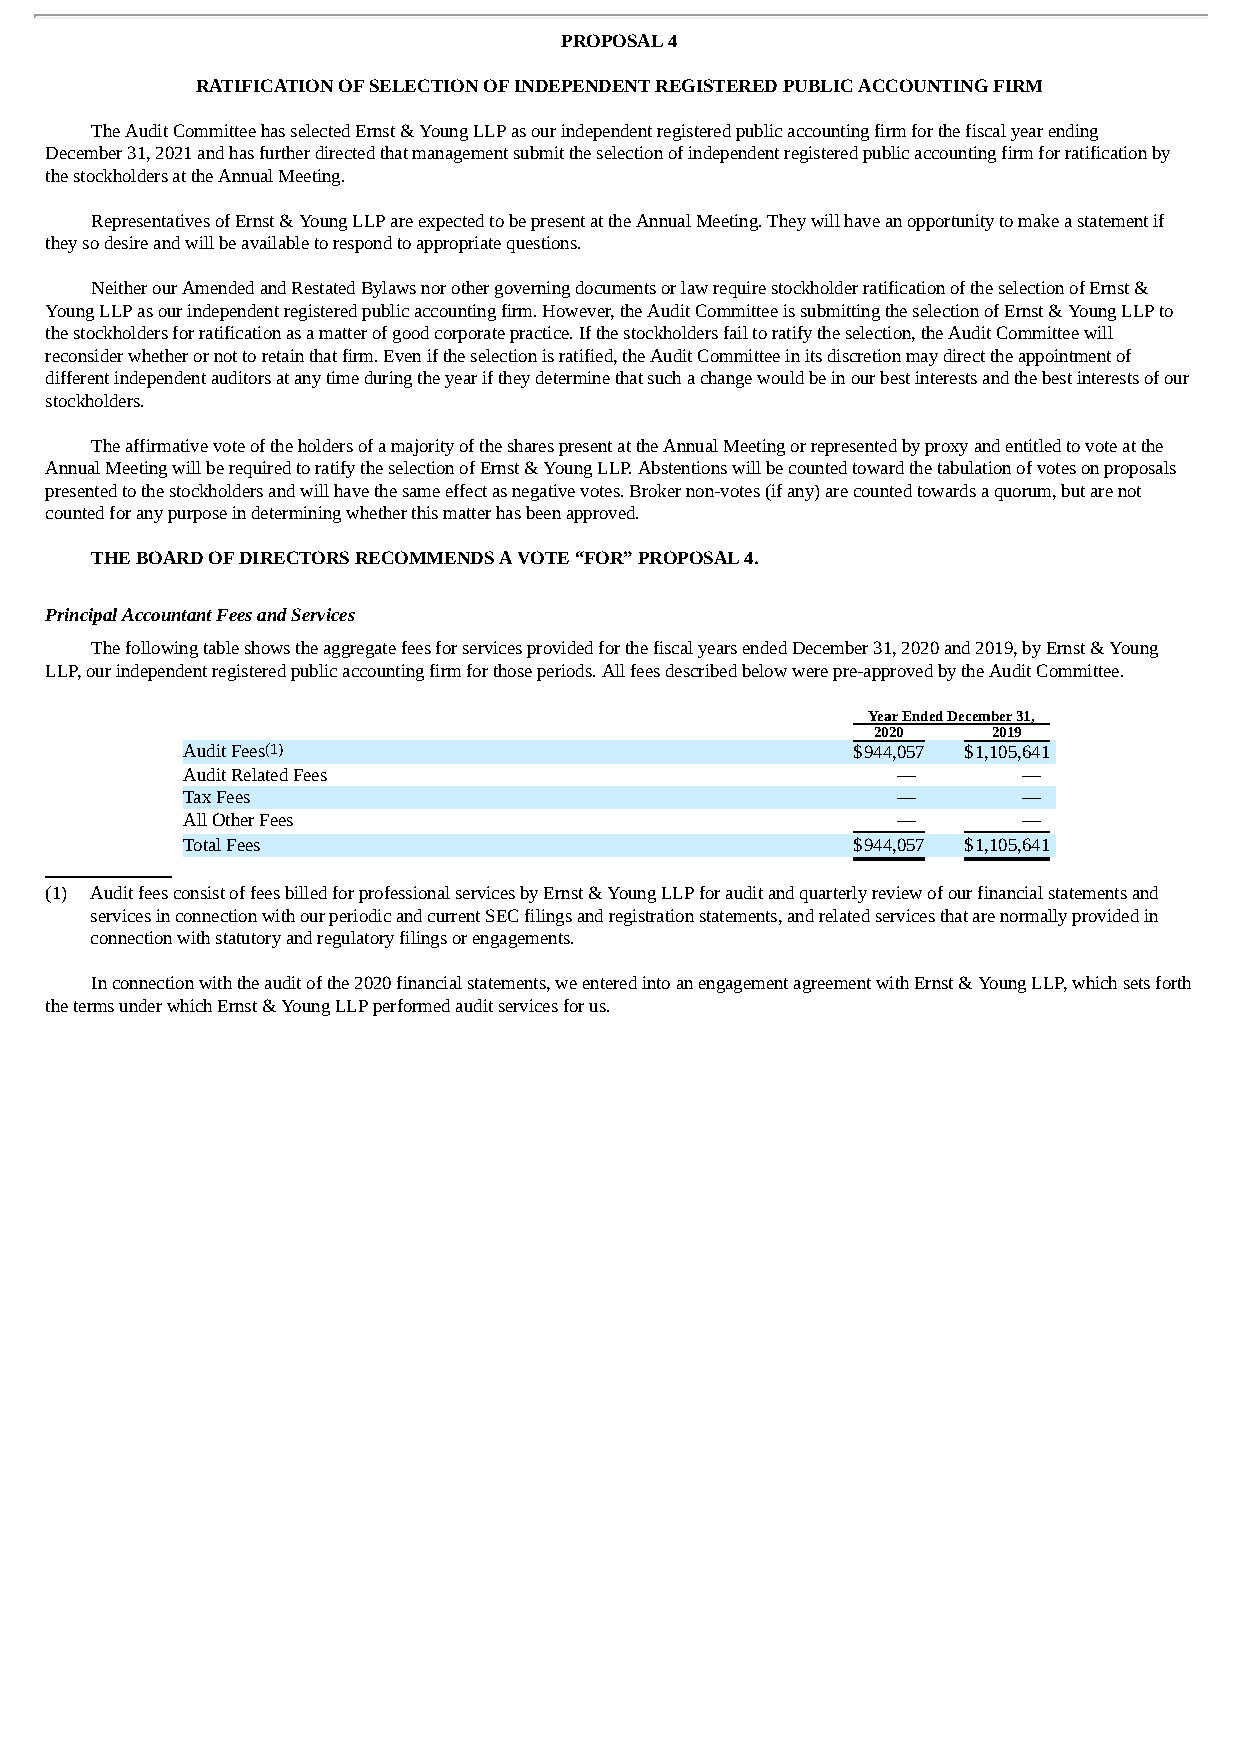
PROPOSAL 4
 RATIFICATION OF SELECTION OF INDEPENDENT REGISTERED PUBLIC ACCOUNTING FIRM
 The Audit Committee has selected Ernst & Young LLP as our independent registered public accounting firm for the fiscal year ending
 December 31, 2021 and has further directed that management submit the selection of independent registered public accounting firm for ratification by
 the stockholders at the Annual Meeting.
 Representatives of Ernst & Young LLP are expected to be present at the Annual Meeting. They will have an opportunity to make a statement if
 they so desire and will be available to respond to appropriate questions.
 Neither our Amended and Restated Bylaws nor other governing documents or law require stockholder ratification of the selection of Ernst &
 Young LLP as our independent registered public accounting firm. However, the Audit Committee is submitting the selection of Ernst & Young LLP to
 the stockholders for ratification as a matter of good corporate practice. If the stockholders fail to ratify the selection, the Audit Committee will
 reconsider whether or not to retain that firm. Even if the selection is ratified, the Audit Committee in its discretion may direct the appointment of
 different independent auditors at any time during the year if they determine that such a change would be in our best interests and the best interests of our
 stockholders.
 The affirmative vote of the holders of a majority of the shares present at the Annual Meeting or represented by proxy and entitled to vote at the
 Annual Meeting will be required to ratify the selection of Ernst & Young LLP. Abstentions will be counted toward the tabulation of votes on proposals
 presented to the stockholders and will have the same effect as negative votes. Broker non-votes (if any) are counted towards a quorum, but are not
 counted for any purpose in determining whether this matter has been approved.
 THE BOARD OF DIRECTORS RECOMMENDS A VOTE “FOR” PROPOSAL 4.
 Principal Accountant Fees and Services
 The following table shows the aggregate fees for services provided for the fiscal years ended December 31, 2020 and 2019, by Ernst & Young
 LLP, our independent registered public accounting firm for those periods. All fees described below were pre-approved by the Audit Committee.
 Year Ended December 31,
 2020    2019
 Audit Fees(1)                               $944,057 $1,105,641
 Audit Related Fees                             —        —
 Tax Fees                                       —        —
 All Other Fees                                 —        —
 Total Fees                                  $ 944,057 $ 1,105,641
 (1) Audit fees consist of fees billed for professional services by Ernst & Young LLP for audit and quarterly review of our financial statements and
 services in connection with our periodic and current SEC filings and registration statements, and related services that are normally provided in
 connection with statutory and regulatory filings or engagements.
 In connection with the audit of the 2020 financial statements, we entered into an engagement agreement with Ernst & Young LLP, which sets forth
 the terms under which Ernst & Young LLP performed audit services for us.